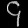
Digit: ၄